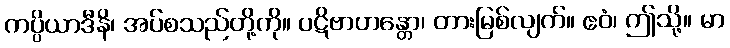
ကပ္ပိယာဒီနိ၊ အပ်စသည်တို့ကို။ ပဋိဗာဟန္တော၊ တားမြစ်လျက်။ ဧဝံ၊ ဤသို့။ မာ